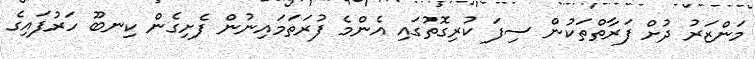
މަންޒަރު ދުށް ފަރާތްތަކުން ސިފަ ކުރިގޮތުގައި އެންމެ ފުރަތަމައިނުން ފެށިގެން ކިނބޫ ހަރުފައިގެ